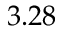
3 . 2 8